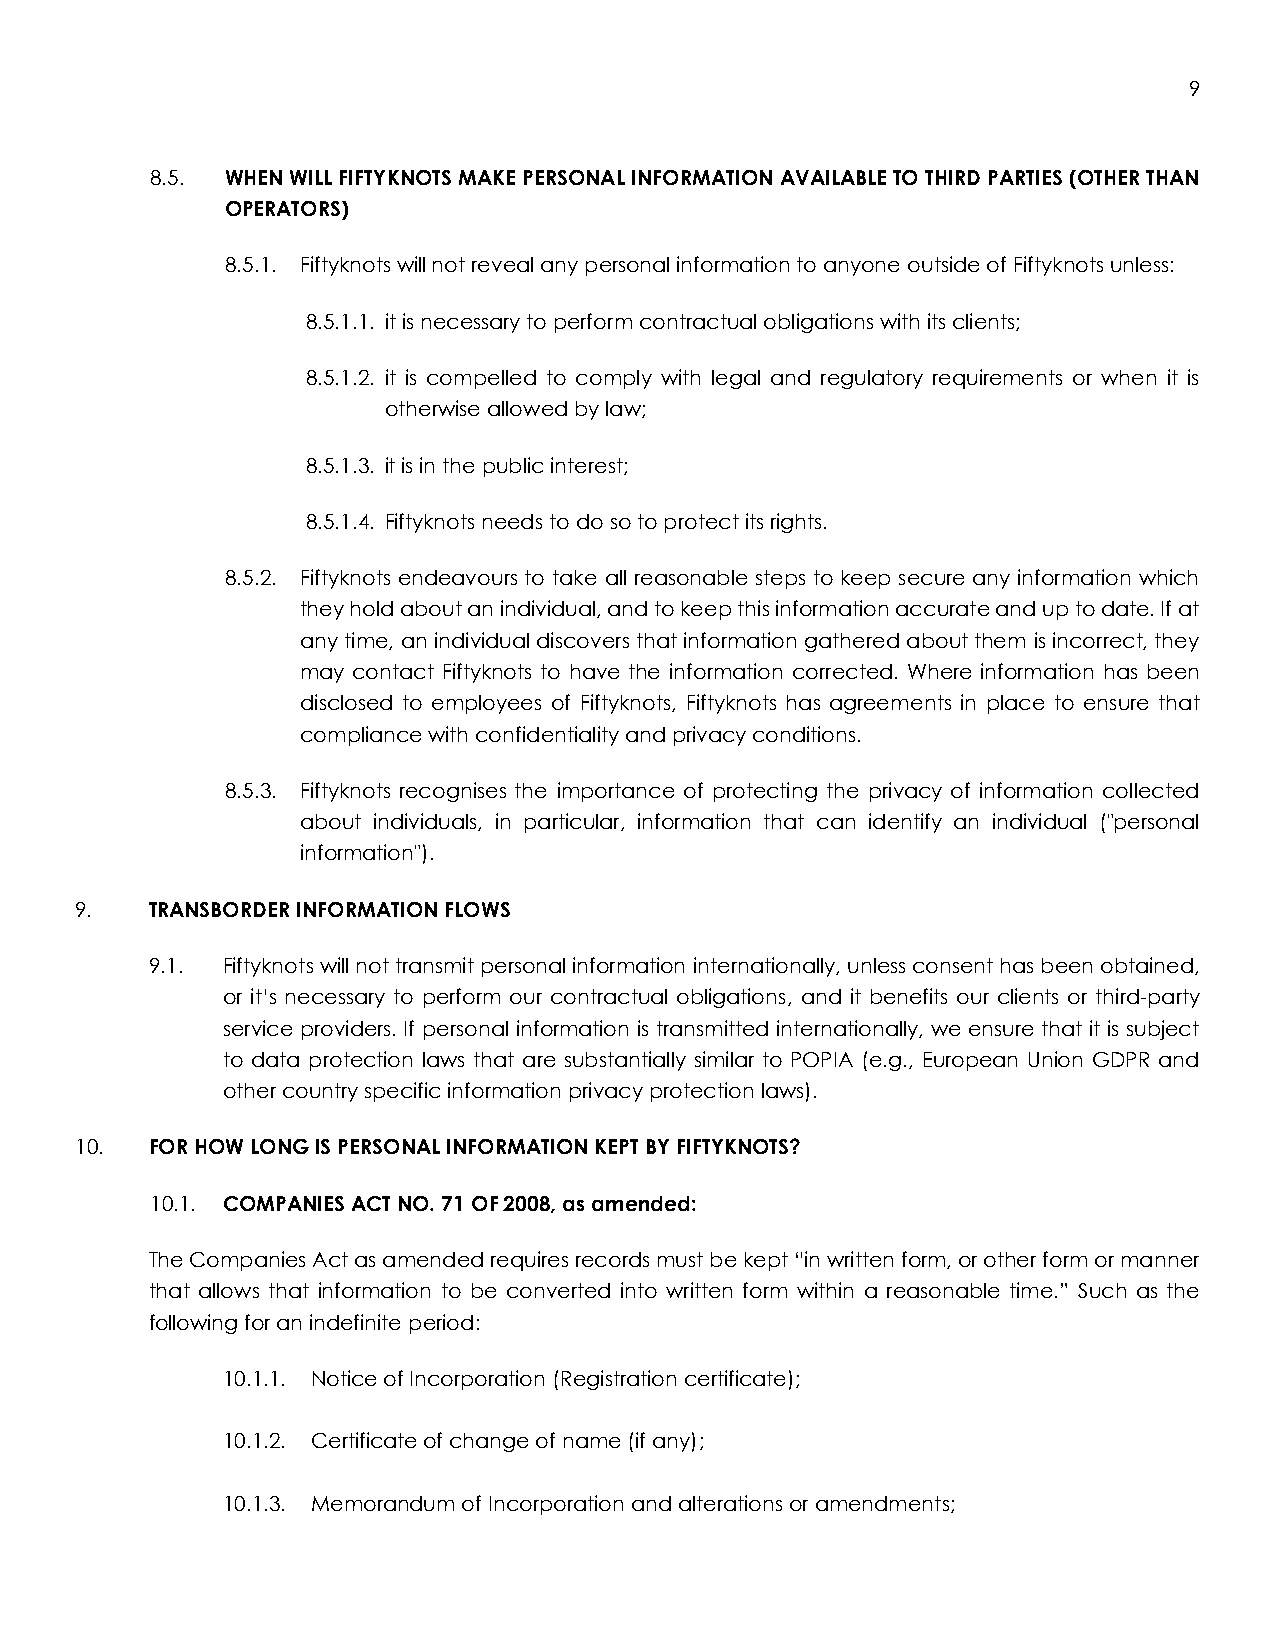
9
 8.5. WHEN WILL FIFTYKNOTS MAKE PERSONAL INFORMATION AVAILABLE TO THIRD PARTIES (OTHER THAN
 OPERATORS)
 8.5.1. Fiftyknots will not reveal any personal information to anyone outside of Fiftyknots unless:
 8.5.1.1. it is necessary to perform contractual obligations with its clients;
 8.5.1.2. it is compelled to comply with legal and regulatory requirements or when it is
 otherwise allowed by law;
 8.5.1.3. it is in the public interest;
 8.5.1.4. Fiftyknots needs to do so to protect its rights.
 8.5.2. Fiftyknots endeavours to take all reasonable steps to keep secure any information which
 they hold about an individual, and to keep this information accurate and up to date. If at
 any time, an individual discovers that information gathered about them is incorrect, they
 may contact Fiftyknots to have the information corrected. Where information has been
 disclosed to employees of Fiftyknots, Fiftyknots has agreements in place to ensure that
 compliance with confidentiality and privacy conditions.
 8.5.3. Fiftyknots recognises the importance of protecting the privacy of information collected
 about individuals, in particular, information that can identify an individual ("personal
 information").
 9.   TRANSBORDER INFORMATION FLOWS
 9.1. Fiftyknots will not transmit personal information internationally, unless consent has been obtained,
 or it’s necessary to perform our contractual obligations, and it benefits our clients or third-party
 service providers. If personal information is transmitted internationally, we ensure that it is subject
 to data protection laws that are substantially similar to POPIA (e.g., European Union GDPR and
 other country specific information privacy protection laws).
 10.  FOR HOW LONG IS PERSONAL INFORMATION KEPT BY FIFTYKNOTS?
 10.1. COMPANIES ACT NO. 71 OF 2008, as amended:
 The Companies Act as amended requires records must be kept “in written form, or other form or manner
 that allows that information to be converted into written form within a reasonable time.” Such as the
 following for an indefinite period:
 10.1.1. Notice of Incorporation (Registration certificate);
 10.1.2. Certificate of change of name (if any);
 10.1.3. Memorandum of Incorporation and alterations or amendments;